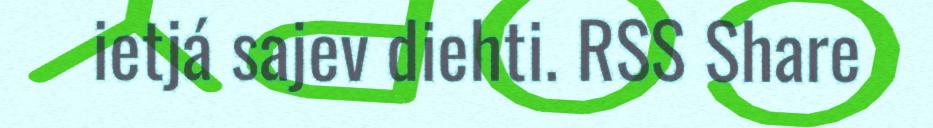
ietjá sajev diehti. RSS Share